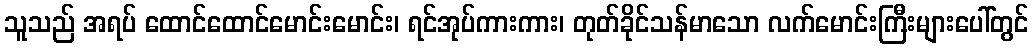
သူသည် အရပ် ထောင်ထောင်မောင်းမောင်း၊ ရင်အုပ်ကားကား၊ တုတ်ခိုင်သန်မာသော လက်မောင်းကြီးများပေါ်တွင်